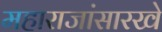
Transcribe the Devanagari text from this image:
महाराजांसारखे